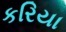
કરિયા